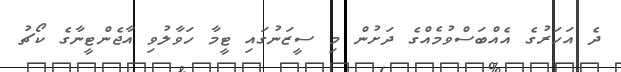
ދެ އަހަރުގެ އެއްބަސްވުމެއްގެ ދަށުން މި ސީޒަނުގައި ޓީމާ ހަވާލުވި އާޖެންޓީނާގެ ކޯޗު